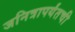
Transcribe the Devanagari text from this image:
जनित्रापर्यंतची